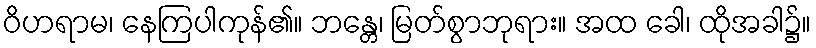
ဝိဟရာမ၊ နေကြပါကုန်၏။ ဘန္တေ၊ မြတ်စွာဘုရား။ အထ ခေါ၊ ထိုအခါ၌။